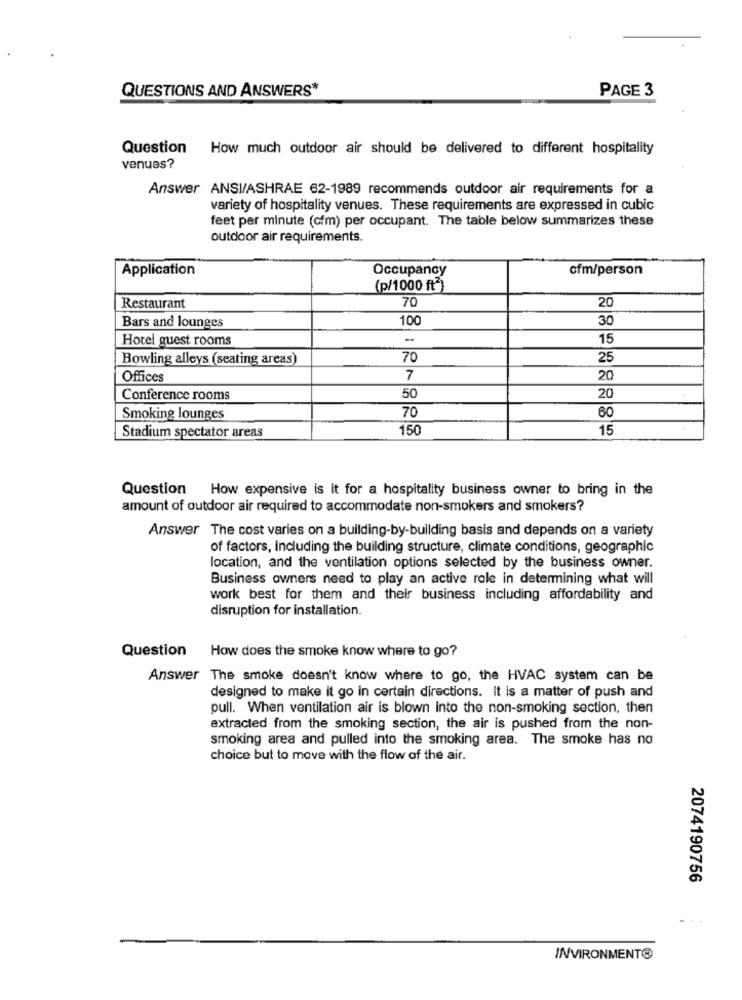
QUESTIONS AND ANSWERS*
PAGE 3
Question How much outdoor air should be delivered to different hospitality
venues?
Answer ANSI/ASHRAE 62-1989 recommends outdoor air requirements for a
variety of hospitality venues. These requirements are expressed in cubic
feet per minute (cfm) per occupant. The table below summarizes these
outdoor air requirements.
Application
Occupancy
ofm/person
(p/1000 ft")
70
20
Restaurant
Bars and lounges
100
30
Hotel guest rooms
-
15
Bowling alleys (seating areas)
70
25
Offices
7
20
20
Conference rooms
50
70
60
Smoking lounges
150
15
Stadium spectator areas
Question How expensive is it for a hospitality business owner to bring in the
amount of outdoor air required to accommodate non-smokers and smokers?
Answer The cost varies on a building-by-building basis and depends on a variety
of factors, Including the building structure, climate conditions, geographic
location, and the ventilation options selected by the business owner.
Business owners need to play an active role in determining what will
work best for them and their business including affordability and
disruption for installation.
Question How does the smoke know where to go?
Answer The smoke doesn't know where to go, the HVAC system can be
designed to make it go in certain directions. It is a matter of push and
pull. When ventilation air is blown into the non-smoking section, then
extracted from the smoking section, the air is pushed from the non-
smoking area and pulled into the smoking area. The smoke has no
choice but to move with the flow of the air.
2074190756
INVIRONMENT®